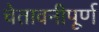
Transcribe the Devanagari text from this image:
चेतावनीपूर्ण